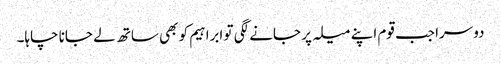
دوسرا جب قوم اپنے میلہ پر جانے لگی تو ابراہیم کو بھی ساتھ لے جانا چاہا۔